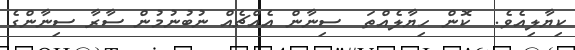
ކިޔާލިއެވެ.  ކޮން ހިޔާލެއްތަ  ސިނާން އެއްޗެއް ނުބުނުމުން ސާރާ ސިނާންގެ